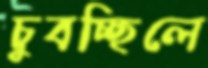
চুবচ্ছিলে